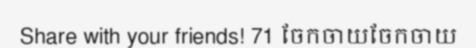
Share with your friends! 71 ចែកចាយចែកចាយ